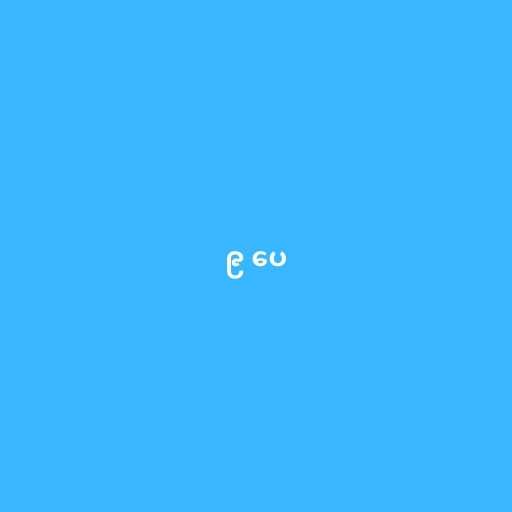
၉ ပေ